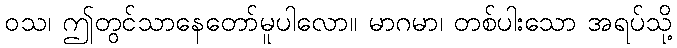
ဝသ၊ ဤတွင်သာနေတော်မူပါလော။ မာဂမာ၊ တစ်ပါးသော အရပ်သို့